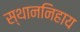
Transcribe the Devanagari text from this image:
स्थाननिहाय